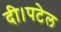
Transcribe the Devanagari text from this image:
दी।पटेल